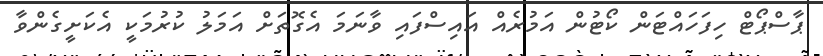
ޕާސްޕޯޓް ހިފަހައްޓަން ކޯޓުން އަމުރެއް އައިސްފައި ވާނަމަ އެގޮތަށް އަމަލު ކުރުމަކީ އެކަށީގެންވާ